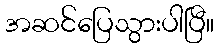
အဆင်ပြေသွားပါပြီ။